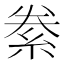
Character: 絭